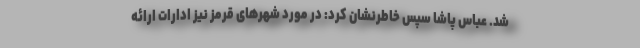
شد. عباس پاشا سپس خاطرنشان کرد: در مورد شهرهای قرمز نیز ادارات ارائه